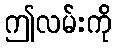
ဤလမ်းကို